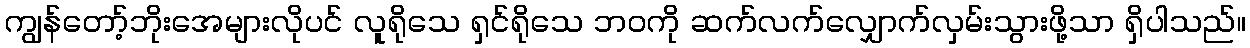
ကျွန်တော့်ဘိုးအေများလိုပင် လူရိုသေ ရှင်ရိုသေ ဘဝကို ဆက်လက်လျှောက်လှမ်းသွားဖို့သာ ရှိပါသည်။